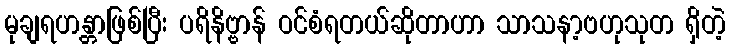
မုချရဟန္တာဖြစ်ပြီး ပရိနိဗ္ဗာန် ဝင်စံရတယ်ဆိုတာဟာ သာသနာ့ဗဟုသုတ ရှိတဲ့